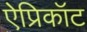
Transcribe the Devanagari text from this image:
ऐप्रिकॉट